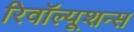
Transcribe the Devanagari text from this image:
रिवॉल्यूशन्स